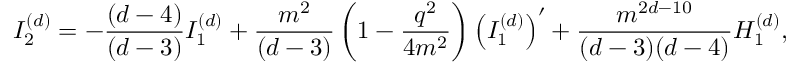
I _ { 2 } ^ { ( d ) } = - \frac { ( d - 4 ) } { ( d - 3 ) } I _ { 1 } ^ { ( d ) } + \frac { m ^ { 2 } } { ( d - 3 ) } \left( 1 - \frac { q ^ { 2 } } { 4 m ^ { 2 } } \right) \left( I _ { 1 } ^ { ( d ) } \right) ^ { \prime } + \frac { m ^ { 2 d - 1 0 } } { ( d - 3 ) ( d - 4 ) } H _ { 1 } ^ { ( d ) } ,